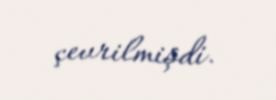
çevrilmişdi.